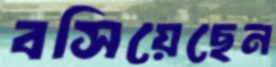
বসিয়েছেন